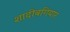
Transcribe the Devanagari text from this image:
शादीबगियार